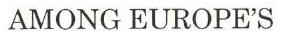
AMONG EUROPE'S